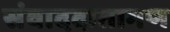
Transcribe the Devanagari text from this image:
संवाददातागण